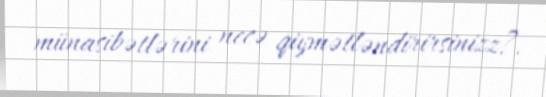
münasibətlərini necə qiymətləndirirsinizz?.